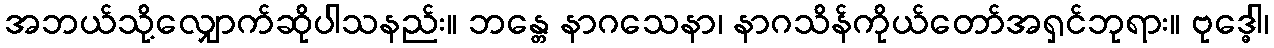
အဘယ်သို့လျှောက်ဆိုပါသနည်း။ ဘန္တေ နာဂသေနာ၊ နာဂသိန်ကိုယ်တော်အရှင်ဘုရား။ ဗုဒ္ဓေါ၊